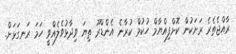
ރާއްޖެތެރެ ރަށަކުން ކޮށްފިއްޔާމް ހުކުމް ކުރާނެ އެންޑްރޫ ތިޔަ ވިދާޅުވެލެއްވީ ހަމަ ރަނގަޅަށް.